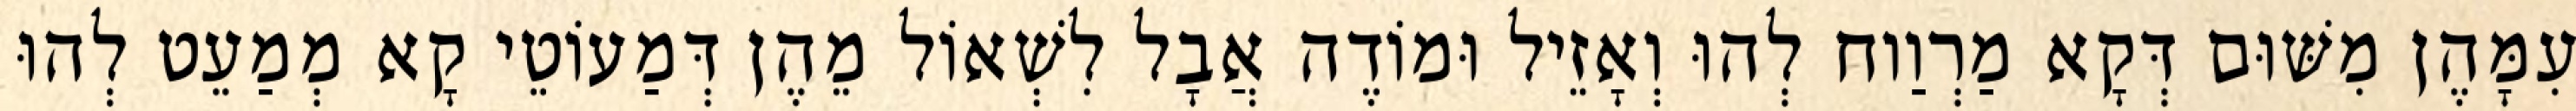
עִמָּהֶן מִשּׁוּם דְּקָא מַרְוַוח לְהוּ וְאָזֵיל וּמוֹדֶה אֲבָל לִשְׁאוֹל מֵהֶן דְּמַעוֹטֵי קָא מְמַעֵט לְהוּ